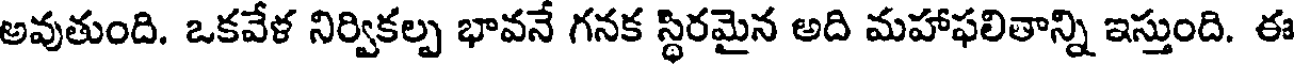
అవుతుంది. ఒకవేళ నిర్వికల్ప భావనే గనక స్థిరమైన అది మహాఫలితాన్ని ఇస్తుంది. ఈ